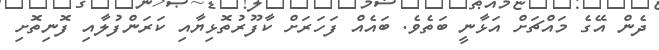
ދެން އޭގެ މައްޗަށް އަޅާނީ ބަތެވެ. ބައެއް ފަހަރަށް ކާފޫރުތޮޅިޔާއި ކަރަންފުލާއި ފޮނިތޮށި